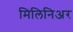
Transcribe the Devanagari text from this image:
मिलिनिअर